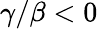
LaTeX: \gamma/\beta<0